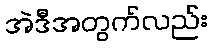
အဲဒီအတွက်လည်း